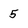
Character: 5